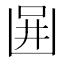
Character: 𠚎